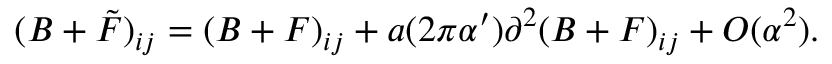
( B + \tilde { F } ) _ { i j } = ( B + F ) _ { i j } + a ( 2 \pi \alpha ^ { \prime } ) \partial ^ { 2 } ( B + F ) _ { i j } + O ( \alpha ^ { 2 } ) .